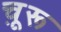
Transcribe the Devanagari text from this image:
चू़रू